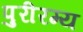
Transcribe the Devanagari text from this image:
पुरीरम्य